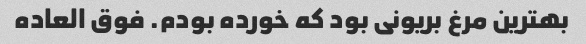
بهترین مرغ بریونی بود که خورده بودم. فوق العاده